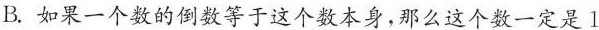
B.如果一个数的倒数等于这个数本身，那么这个数一定是1